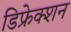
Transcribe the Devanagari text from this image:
डिफ्रेक्शन